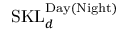
\mathrm { S K L } _ { d } ^ { \mathrm { D a y ( N i g h t ) } }